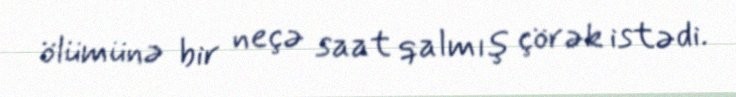
ölümünə bir neçə saat qalmış çörək istədi.